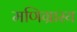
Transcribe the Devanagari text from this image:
मणिग्रास्य